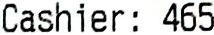
CASHIER : 465